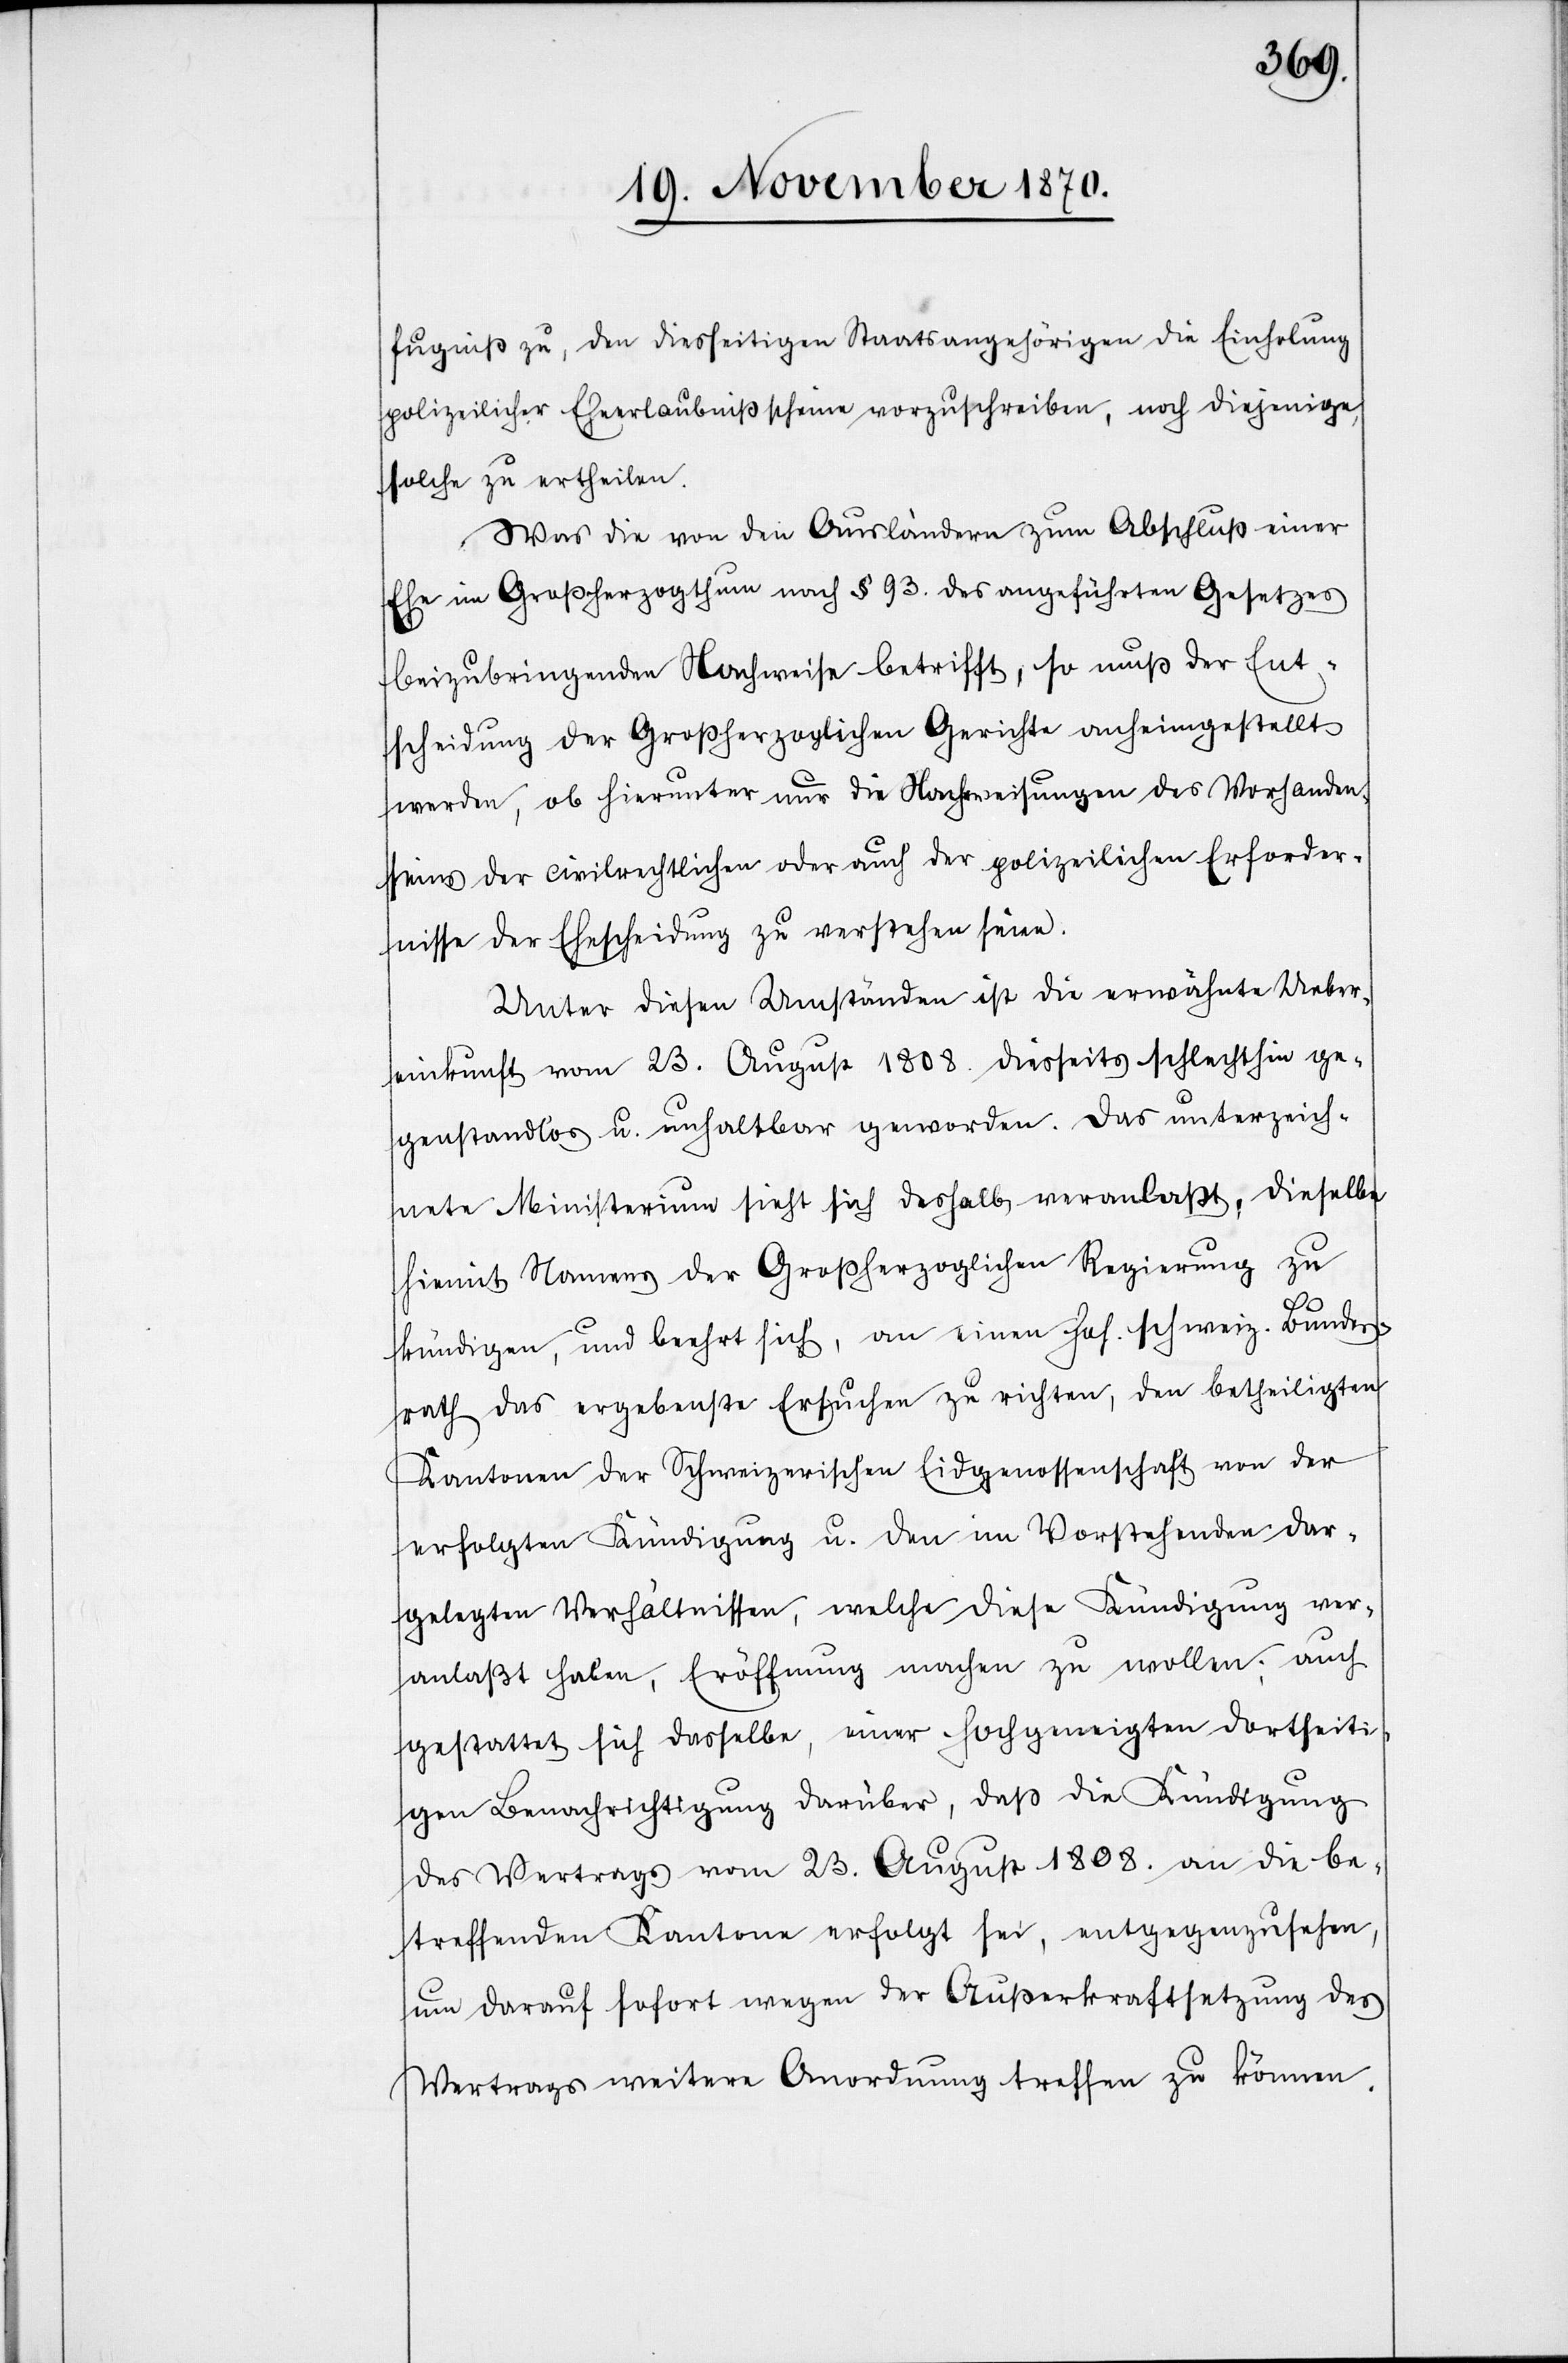
fugniß zu, den diesseitigen Staatsangehörigen die Einholung
polizeilicher Eheerlaubnißscheine vorzuschreiben, noch diejenige,
solche zu ertheilen.
Was die von den Ausländern zum Abschluß einer
Ehe im Großherzogthum nach § 93. des angeführten Gesetzes
beizubringenden Nachweise betrifft, so muß der Ent¬
scheidung der Großherzoglichen Gerichte anheimgestellt
werden, ob hierunter nur die Nachweisungen des Vorhanden¬
seins der civilrechtlichen oder auch der polizeilichen Erforder¬
nisse der Ehescheidung zu verstehen seien.
Unter diesen Umständen ist die erwähnte Ueber¬
einkunft vom 23. August 1808. diesseits schlechthin ge¬
gestandlos u. unhaltbar geworden. Das unterzeich¬
nete Ministerium sieht sich deshalb veranlaßt, dieselbe
hiemit Namens der Großherzoglichen Regierung zu
kündigen, und beehrt sich, an einen hoh. schweiz. Bundes¬
rath das ergebenste Ersuchen zu richten, den betheiligten
Kantonen der Schweizerischen Eidgenossenschaft von der
erfolgten Kündigung u. den im Vorstehenden dar¬
gelegten Verhältnissen, welche diese Kündigung ver¬
anlaßt haben, Eröffnung machen zu wollen; auch
gestattet sich dasselbe, einer hochgeneigten dortseiti¬
gen Benachrichtigung darüber, daß die Kündigung
des Vertrags vom 23. August 1808. an die be¬
treffenden Kantone erfolgt sei, entgegenzusehen,
um darauf sofort wegen der Außerkraftsetzung des
Vertrags weitere Anordnung treffen zu können.